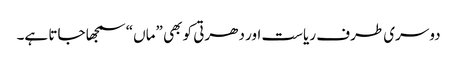
دوسری طرف ریاست اور دھرتی کو بھی ”ماں“ سمجھا جاتا ہے۔